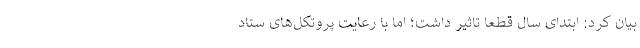
بیان کرد: ابتدای سال قطعا تاثیر داشت؛ اما با رعایت پروتکل‌های ستاد